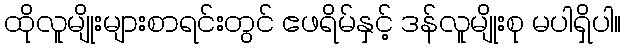
ထိုလူမျိုးများစာရင်းတွင် ဧဖရိမ်နှင့် ဒန်လူမျိုးစု မပါရှိပါ။